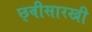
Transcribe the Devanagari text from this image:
छ्बीसारखी